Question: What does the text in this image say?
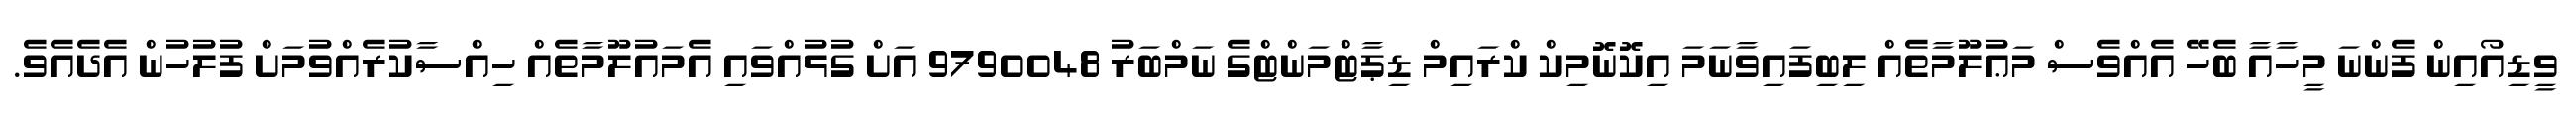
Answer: ވީޑިއޯއިން ފެންނަ މީހާއާ ބެހޭ އެއްވެސް މަޢުލޫމާތެއް ލިބިފައިވާނަމަ އިކޮނޮމިކް ކްރައިމް ޑިޕާޓްމަންޓްގެ ނަމްބަރު 9790048 އަށް ގުޅުއްވައި އެމައުލޫމާތެއް ހިއްސާކުރެއްވުމަށް ފުލުހުން އެދެއެވެ.